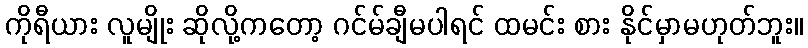
ကိုရီယား လူမျိုး ဆိုလို့ကတော့ ဂင်မ်ချီမပါရင် ထမင်း စား နိုင်မှာမဟုတ်ဘူး။